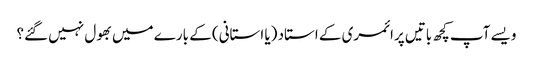
ویسے آپ کچھ باتیں پرائمری کے استاد (یا استانی) کے بارے میں بھول نہیں گئے؟